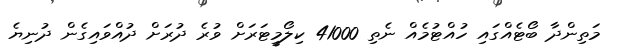
މަތިންދާ ބޯޓެއްގައި ހުއްޓުމެއް ނެތި 41000 ކިލޯމީޓަރަށް ވުރެ ދުރަށް ދުއްވައިގެން ދުނިޔެ